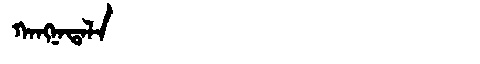
Manchu: ᡴᠠᠩᠨᠠᡨᠠᠯᠠ
Romanization: KANGNATALA